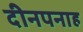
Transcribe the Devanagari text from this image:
दीनपनाह